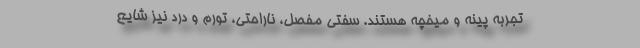
تجربه پینه و میخچه هستند. سفتی مفصل، ناراحتی، تورم و درد نیز شایع